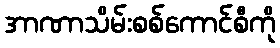
အာဏာသိမ်းစစ်ကောင်စီကို